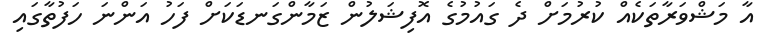
އާ މަޝްވަރާތަކެއް ކުރުމަށް ދެ ގައުމުގެ އޮފިޝަލުން ޒަމާންގަނޑަކަށް ފަހު އަންނަ ހަފުތާގައި